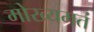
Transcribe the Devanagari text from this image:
मोख्यमतं